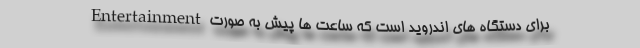
Entertainment برای دستگاه های اندروید است که ساعت ها پیش به صورت